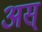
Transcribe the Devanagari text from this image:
अस्‌